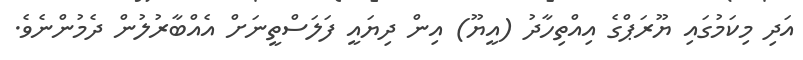
އަދި މިކަމުގައި ޔޫރަޕްގެ އިއްތިހާދު (އީޔޫ) އިން ދިޔައީ ފަލަސްތީނަށް އެއްބާރުލުން ދެމުންނެވެ.